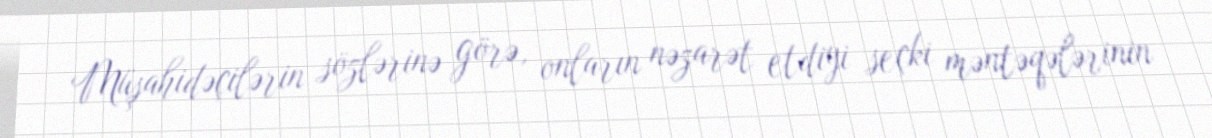
Müşahidəçilərin sözlərinə görə, onların nəzarət etdiyi seçki məntəqələrinin